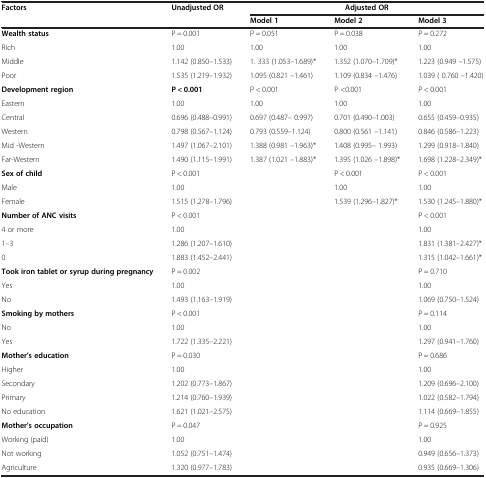
<table><thead><tr><td><b>Factors</b></td><td><b>Unadjusted OR</b></td><td colspan="3"><b>Adjusted OR</b></td></tr><tr><td><b> </b></td><td><b> </b></td><td><b>Model 1</b></td><td><b>Model 2</b></td><td><b>Model 3</b></td></tr></thead><tbody><tr><td><b>Wealth status</b></td><td>P = 0.001</td><td>P = 0.051</td><td>P = 0.038</td><td>P = 0.272</td></tr><tr><td>Rich</td><td>1.00</td><td>1.00</td><td>1.00</td><td>1.00</td></tr><tr><td>Middle</td><td>1.142 (0.850–1.533)</td><td>1. 333 (1.053–1.689)*</td><td>1.352 (1.070–1.709)*</td><td>1.223 (0.949 –1.575)</td></tr><tr><td>Poor</td><td>1.535 (1.219–1.932)</td><td>1.095 (0.821 –1.461)</td><td>1.109 (0.834 –1.476)</td><td>1.039 ( 0.760 –1.420)</td></tr><tr><td><b>Development region</b></td><td><b>P &lt; 0.001</b></td><td>P &lt; 0.001</td><td>P &lt;0.001</td><td>P &lt; 0.001</td></tr><tr><td>Eastern</td><td>1.00</td><td>1.00</td><td>1.00</td><td>1.00</td></tr><tr><td>Central</td><td>0.696 (0.488–0.991)</td><td>0.697 (0.487– 0.997)</td><td>0.701 (0.490–1.003)</td><td>0.655 (0.459–0.935)</td></tr><tr><td>Western</td><td>0.798 (0.567–1.124)</td><td>0.793 (0.559–1.124)</td><td>0.800 (0.561 –1.141)</td><td>0.846 (0.586–1.223)</td></tr><tr><td>Mid -Western</td><td>1.497 (1.067–2.101)</td><td>1.388 (0.981 –1.963)*</td><td>1.408 (0.995– 1.993)</td><td>1.299 (0.918–1.840)</td></tr><tr><td>Far-Western</td><td>1.490 (1.115–1.991)</td><td>1.387 (1.021 –1.883)*</td><td>1.395 (1.026 –1.898)*</td><td>1.698 (1.228–2.349)*</td></tr><tr><td><b>Sex of child</b></td><td>P &lt; 0.001</td><td> </td><td>P &lt; 0.001</td><td>P &lt; 0.001</td></tr><tr><td>Male</td><td>1.00</td><td> </td><td>1.00</td><td>1.00</td></tr><tr><td>Female</td><td>1.515 (1.278–1.796)</td><td> </td><td>1.539 (1.296–1.827)*</td><td>1.530 (1.245–1.880)*</td></tr><tr><td><b>Number of ANC visits</b></td><td>P &lt; 0.001</td><td> </td><td> </td><td>P &lt; 0.001</td></tr><tr><td>4 or more</td><td>1.00</td><td> </td><td> </td><td>1.00</td></tr><tr><td>1–3</td><td>1.286 (1.207–1.610)</td><td> </td><td> </td><td>1.831 (1.381–2.427)*</td></tr><tr><td>0</td><td>1.883 (1.452–2.441)</td><td> </td><td> </td><td>1.315 (1.042–1.661)*</td></tr><tr><td><b>Took iron tablet or syrup during pregnancy</b></td><td>P = 0.002</td><td> </td><td> </td><td>P = 0.710</td></tr><tr><td>Yes</td><td>1.00</td><td> </td><td> </td><td>1.00</td></tr><tr><td>No</td><td>1.493 (1.163–1.919)</td><td> </td><td> </td><td>1.069 (0.750–1.524)</td></tr><tr><td><b>Smoking by mothers</b></td><td>P &lt; 0.001</td><td> </td><td> </td><td>P = 0.114</td></tr><tr><td>No</td><td>1.00</td><td> </td><td> </td><td>1.00</td></tr><tr><td>Yes</td><td>1.722 (1.335–2.221)</td><td> </td><td> </td><td>1.297 (0.941–1.760)</td></tr><tr><td><b>Mother’s education</b></td><td>P = 0.030</td><td> </td><td> </td><td>P = 0.686</td></tr><tr><td>Higher</td><td>1.00</td><td> </td><td> </td><td>1.00</td></tr><tr><td>Secondary</td><td>1.202 (0.773–1.867)</td><td> </td><td> </td><td>1.209 (0.696–2.100)</td></tr><tr><td>Primary</td><td>1.214 (0.760–1.939)</td><td> </td><td> </td><td>1.022 (0.582–1.794)</td></tr><tr><td>No education</td><td>1.621 (1.021–2.575)</td><td> </td><td> </td><td>1.114 (0.669–1.855)</td></tr><tr><td><b>Mother’s occupation</b></td><td>P = 0.047</td><td> </td><td> </td><td>P = 0.925</td></tr><tr><td>Working (paid)</td><td>1.00</td><td> </td><td> </td><td>1.00</td></tr><tr><td>Not working</td><td>1.052 (0.751–1.474)</td><td> </td><td> </td><td>0.949 (0.656–1.373)</td></tr><tr><td>Agriculture</td><td>1.320 (0.977–1.783)</td><td> </td><td> </td><td>0.935 (0.669–1.306)</td></tr></tbody></table>